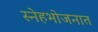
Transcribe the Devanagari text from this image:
स्नेहभोजनात